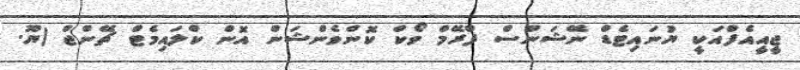
ޖީއީއެފްއަކީ ޔުނައިޓެޑް ނޭޝަންސް ފްރޭމް ވޯކް ކޮންވެންޝަން އޮން ކްލައިމެޓް ޗޭންޖް (ޔޫ.